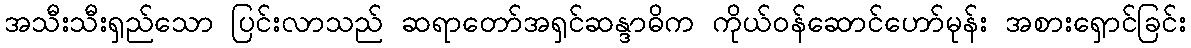
အသီးသီးရှည်သော ပြင်းလာသည် ဆရာတော်အရှင်ဆန္ဒာဓိက ကိုယ်ဝန်ဆောင်ဟော်မုန်း အစားရှောင်ခြင်း